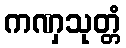
ကဏှသုတ္တံ